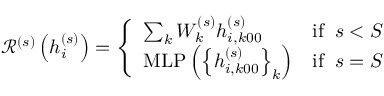
\mathcal { R } ^ { ( s ) } \left( \boldsymbol { h } _ { i } ^ { ( s ) } \right) = \left\{ \begin{array} { l l } { \sum _ { k } W _ { k } ^ { ( s ) } h _ { i , k 0 0 } ^ { ( s ) } } & { \mathrm { i f } \; \; s < S } \\ { \mathrm { M L P } \left( \left\{ h _ { i , k 0 0 } ^ { ( s ) } \right\} _ { k } \right) } & { \mathrm { i f } \; \; s = S } \end{array} \right.